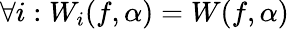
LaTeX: \forall i:W_{i}(f,\alpha)=W(f,\alpha)